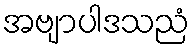
အဗျာပါဒသညံ